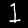
Label: 1